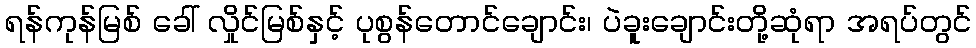
ရန်ကုန်မြစ် ခေါ် လှိုင်မြစ်နှင့် ပုစွန်တောင်ချောင်း၊ ပဲခူးချောင်းတို့ဆုံရာ အရပ်တွင်